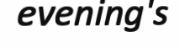
evening's